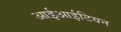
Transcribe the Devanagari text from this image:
आईआईटियन